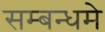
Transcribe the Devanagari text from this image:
सम्बन्धमे